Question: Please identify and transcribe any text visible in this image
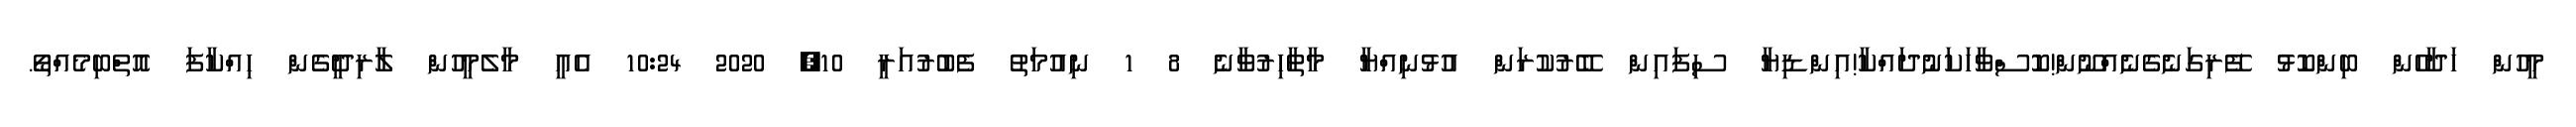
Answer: މީހުން ހަދާހެން ބިންކޮޅު ފޭރިގަނެގެނެއްނޫން!ކޮސްވާހަކަނުދައްކާ!އިންޑިޔާ ސިފައިން ބޭރުކުރަން އުޅުނިއްޔާ މާތާހިރުވާނެ 8 1 ނިއުމަތު ފެބުރުއަރީ 10, 2020 10:24 އެއީ މާލެމީހުން ލާރިދީގެން ހިއްކާފަ އޮތްބިމެއްތޯ.